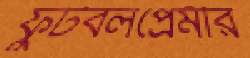
ফুটবলপ্রেমীর